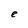
Character: e